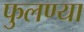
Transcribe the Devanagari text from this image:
फुलण्या